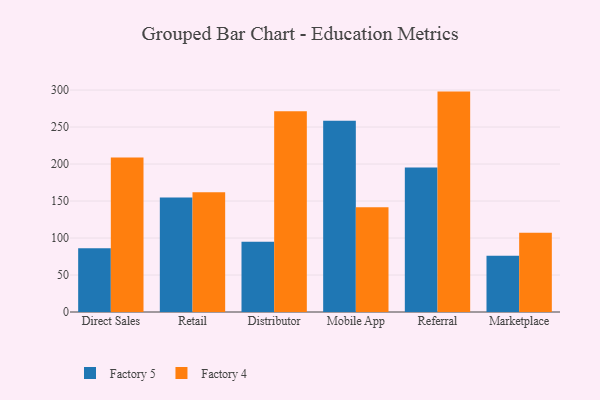
{"axis": {"x": "Channel", "y": "Shipments"}, "legend": ["Factory 4", "Factory 5"], "data": [{"x": "Direct Sales", "y": 86.0, "type": "Factory 5"}, {"x": "Direct Sales", "y": 208.7, "type": "Factory 4"}, {"x": "Retail", "y": 154.7, "type": "Factory 5"}, {"x": "Retail", "y": 161.8, "type": "Factory 4"}, {"x": "Distributor", "y": 95.1, "type": "Factory 5"}, {"x": "Distributor", "y": 271.5, "type": "Factory 4"}, {"x": "Mobile App", "y": 258.5, "type": "Factory 5"}, {"x": "Mobile App", "y": 141.5, "type": "Factory 4"}, {"x": "Referral", "y": 195.3, "type": "Factory 5"}, {"x": "Referral", "y": 297.9, "type": "Factory 4"}, {"x": "Marketplace", "y": 75.9, "type": "Factory 5"}, {"x": "Marketplace", "y": 107.0, "type": "Factory 4"}]}